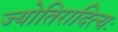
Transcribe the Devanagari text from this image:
ज्योतिरादित्यः